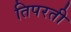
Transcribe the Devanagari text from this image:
तिपरती